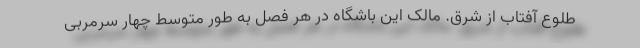
طلوع آفتاب از شرق. مالک این باشگاه در هر فصل به طور متوسط چهار سرمربی